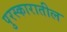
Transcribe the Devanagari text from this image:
पुरस्कारातील